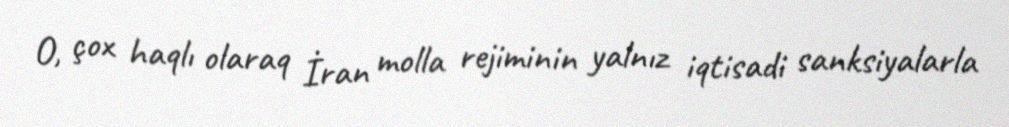
O, çox haqlı olaraq İran molla rejiminin yalnız iqtisadi sanksiyalarla